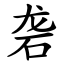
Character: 砻